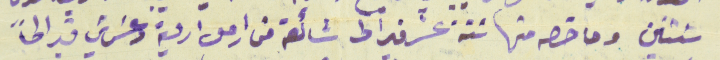
سنتين وما خصه منها سَتة عشر قيراط شائعة من اصل اربعة وعشرين قيراطاً